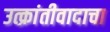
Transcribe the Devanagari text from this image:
उत्क्रांतीवादाचा